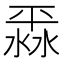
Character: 𣸞